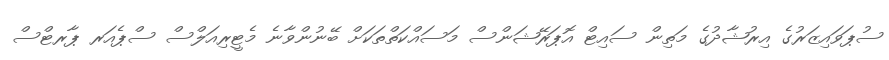
ސުޕަވައިޒަރުގެ އިރުޝާދުގެ މަތިން ސައިޓް އޮޕަރޭޝަންސް މަސައްކަތްތަކަށް ބޭނުންވާނެ މެޓީރިއަލްސް ސްޕެއަރ ޕާރޓްސް